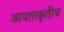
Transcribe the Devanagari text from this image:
आयताकृतीच